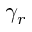
\gamma _ { r }